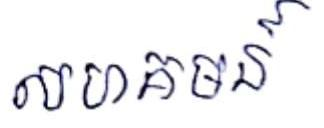
សហគមន៍